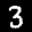
Label: 3